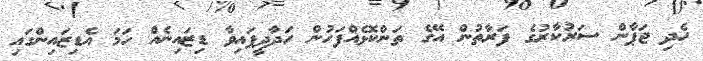
ހެދި ޖަޕާން ސަރުކާރުގެ ފަރާތުން އޭގެ ތަންކޮޅެއްފަހުން ހަދާދީފައިވާ ޑިޒައިނެއް ހަމަ އެޑިޒައިންގައި